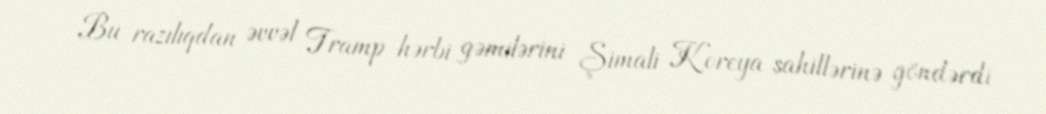
Bu razılıqdan əvvəl Tramp hərbi gəmilərini Şimali Koreya sahillərinə göndərdi